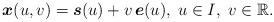
LaTeX: \begin{align*}\boldsymbol{x}(u,v)=\boldsymbol{s}(u)+v\, \boldsymbol{e}(u),\;u\in I,\;v\in\mathbb{R}.\end{align*}